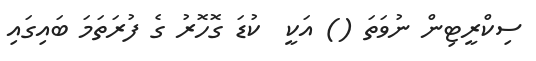
ސިކްރީޓިން ނުވަތަ () އަކީ  ކުޑަ ގޮހޮރު ގެ ފުރަތަމަ ބައިގައި